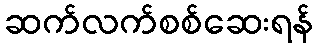
ဆက်လက်စစ်ဆေးရန်